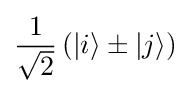
{\frac {1}{\sqrt {2}}}\left(|i\rangle \pm |j\rangle \right)